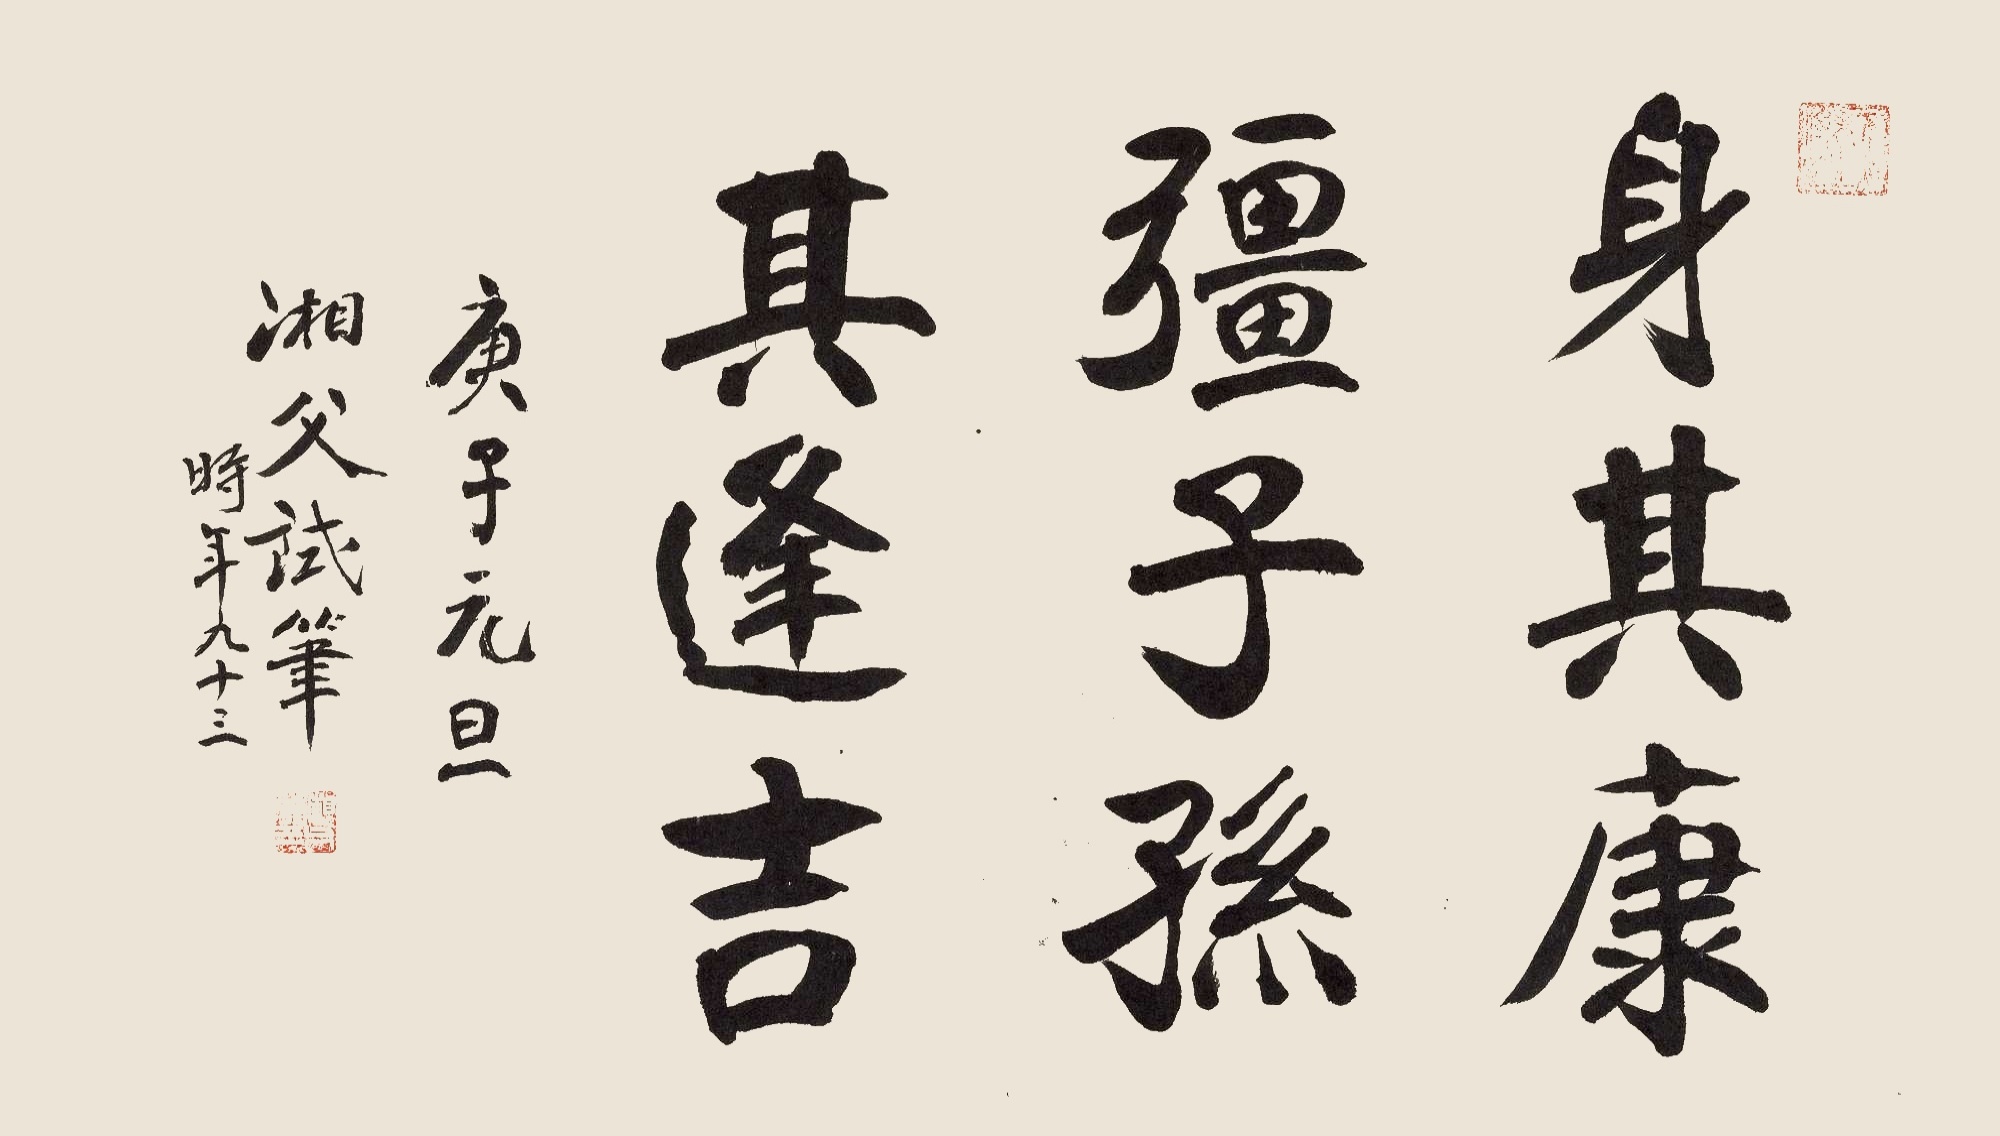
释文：身其康强子孙其逢吉庚子元旦，湘父试笔，时年九十三。